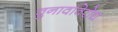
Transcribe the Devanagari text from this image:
चुनावविरोध